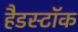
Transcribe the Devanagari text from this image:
हैडस्टॉक